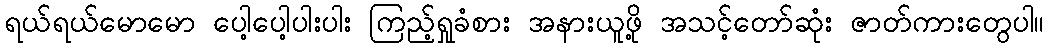
ရယ်ရယ်မောမော ပေါ့ပေါ့ပါးပါး ကြည့်ရှုခံစား အနားယူဖို့ အသင့်တော်ဆုံး ဇာတ်ကားတွေပါ။